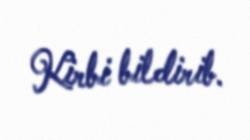
Kirbi bildirib.